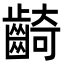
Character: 齮